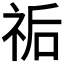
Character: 𥙐